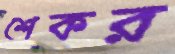
শেকর